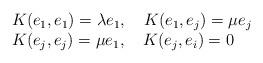
LaTeX: \begin{align*}\begin{array}{rcl}&&K(e_1,e_1)=\lambda e_1, \ \ \ K(e_1,e_j)=\mu e_j\\&& K(e_j,e_j)=\mu e_1, \ \ \ K(e_j,e_i)=0\end{array}\end{align*}